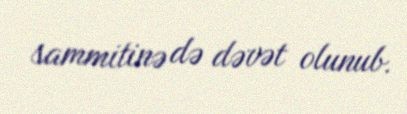
sammitinə də dəvət olunub.